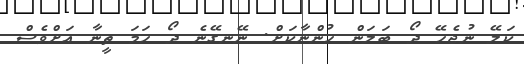
ކަލޭ ނުޖެހޭ ދޯ ބަލަން ހުންނާކަށް. ނޭނގޭނެ ދޯ ހަމަ ތީނާ އަށްވެސް